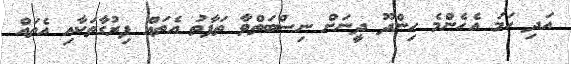
އަދި ހަމަ އެހެންމެ ހިންދޫ ދީނަށް ނިސްބަތްވާ ތަފާތު އެތައް ފިރުގާތަކާއި އެތައް